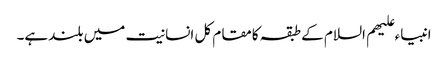
انبیاء علیھم السلام کے طبقہ کامقام کل انسانیت میں بلندہے۔